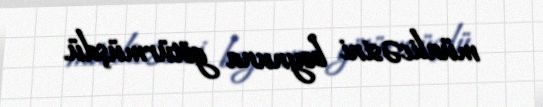
müalicəsini boynuna götürmüşdü.